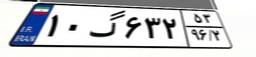
۱۰گ۶۳۲۵۳